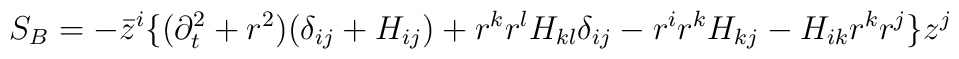
S_B = -\bar{z}^i\{(\partial_t^2 + r^2) (\delta_{ij} + H_{ij}) + r^k r^l H_{kl} \delta_{ij} - r^i r^k H_{kj} - H_{ik} r^k r^j \}z^j